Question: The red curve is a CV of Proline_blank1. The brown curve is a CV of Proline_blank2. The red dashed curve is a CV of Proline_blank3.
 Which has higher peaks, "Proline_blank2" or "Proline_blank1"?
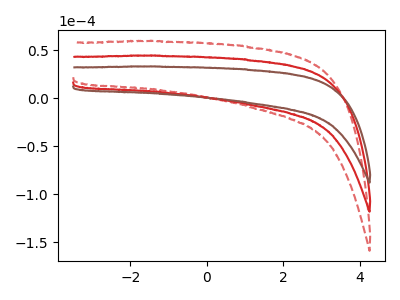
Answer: <think>The red curve "Proline_blank1" has no peaks. The brown curve "Proline_blank2" has no peaks. The red dashed curve "Proline_blank3" has no peaks.</think>
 <answer>Niether CV has any peaks.</answer>
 <eval>blanks</eval>